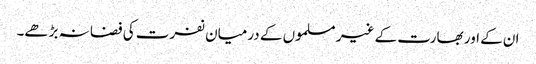
ان کے اور بھارت کے غیر مسلموں کے درمیان نفرت کی فضا نہ بڑھے۔